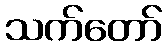
သက်တော်